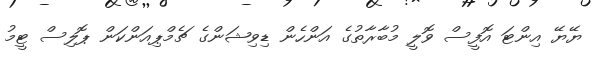
ޔޭޔޭ އިންޓަ އޮފީސް ވޮލީ މުބާރާތުގެ އަންހެން ޑިވިޝަންގެ ޗެމްޕިއަންކަން ޕޮލިސް ޓީމު